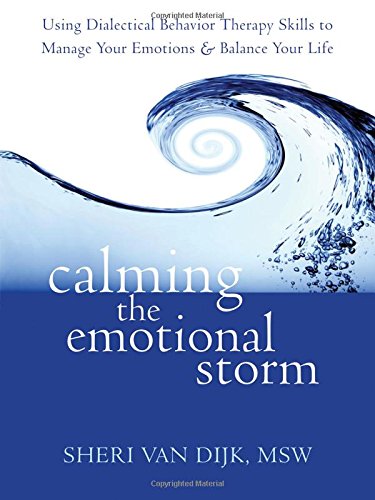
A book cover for Calming the Emotional Storm: Using Dialectical Behavior Therapy Skills to Manage Your Emotions and Balance Your Life; Sheri Van Dijk MSW; Health, Fitness & Dieting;